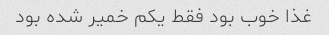
غذا خوب بود فقط یکم خمیر شده بود